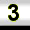
Digit: 3